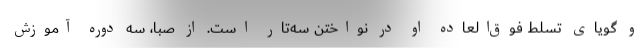
و گویای تسلط فوق‌العاده او در نواختن سه‌تار است. از صبا، سه دوره آموزش